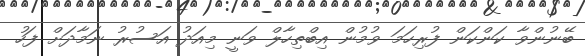
ބޭނުންވާ ކަންކަން ފުރިހަމަ ވުމުން އިބްތިހާލް ވަނީ މިއަދު އަސުރު ނަމާދަށް ފަހު